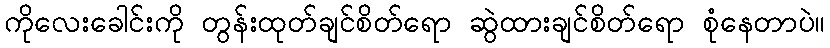
ကိုလေးခေါင်းကို တွန်းထုတ်ချင်စိတ်ရော ဆွဲထားချင်စိတ်ရော စုံနေတာပဲ။